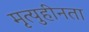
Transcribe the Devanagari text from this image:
मृत्युहीनता